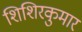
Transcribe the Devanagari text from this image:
शिशिरकुमार